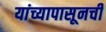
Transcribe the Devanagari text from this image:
यांच्यापासूनची